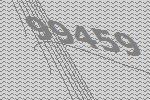
99459